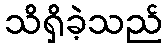
သိရှိခဲ့သည်